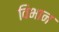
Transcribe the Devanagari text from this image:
विभान